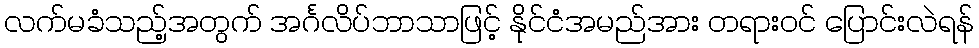
လက်မခံသည့်အတွက် အင်္ဂလိပ်ဘာသာဖြင့် နိုင်ငံအမည်အား တရားဝင် ပြောင်းလဲရန်